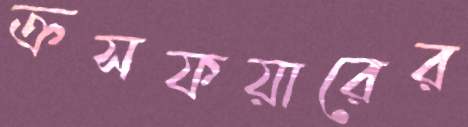
ক্রসফয়ারের